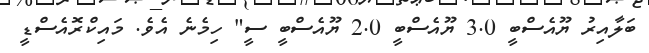
ބަލާއިރު ޔޫއެސްބީ 3.0 ޔޫއެސްބީ 2.0 ޔޫއެސްބީ ސީ" ހިމެނެ އެވެ. މައިކްރޮއެސްޑީ